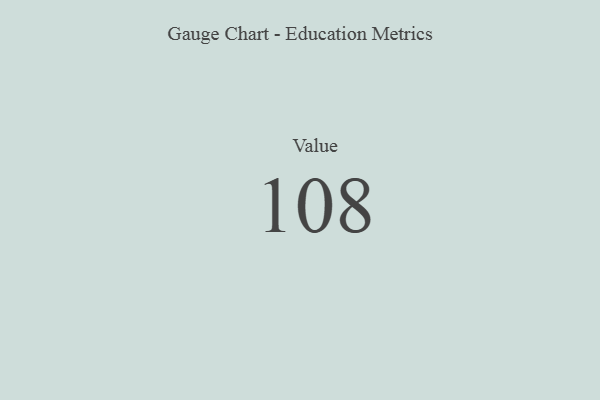
{"axis": {"x": "Metric", "y": "Value"}, "legend": [""], "data": [{"x": "Value", "y": 108, "type": ""}]}